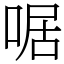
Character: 啹